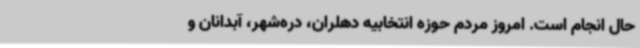
حال انجام است. امروز مردم حوزه انتخابیه دهلران، دره‌شهر، آبدانان و